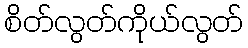
စိတ်လွတ်ကိုယ်လွတ်